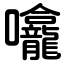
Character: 㘛